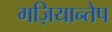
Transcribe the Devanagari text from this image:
गज़ियान्तेप